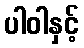
ပါဝါနှင့်